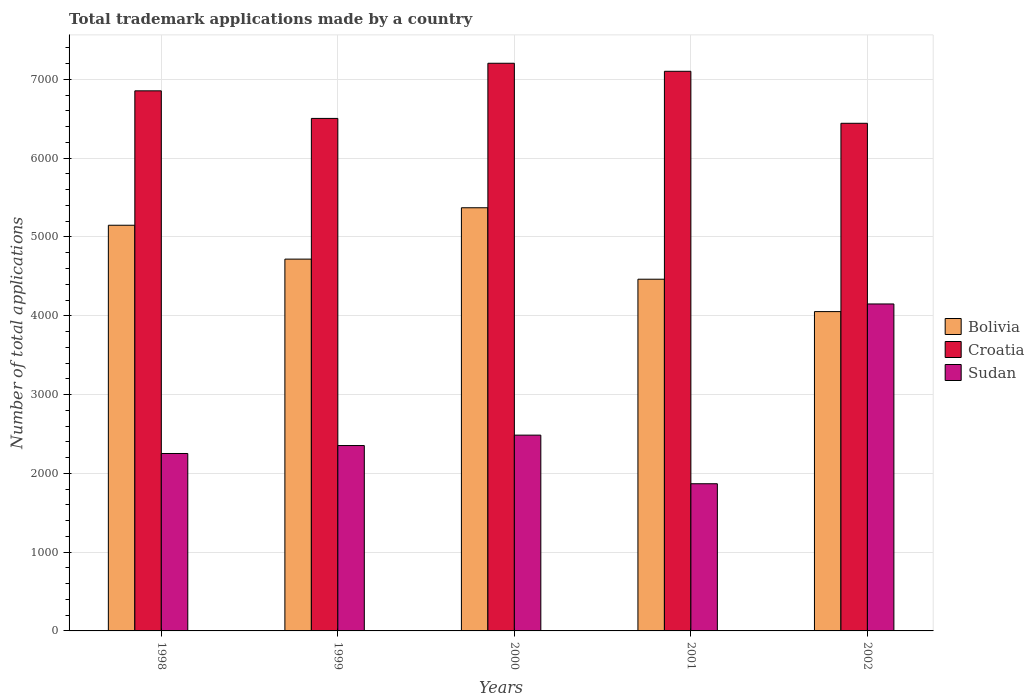
| Years | Bolivia | Croatia | Sudan |
 | --- | --- | --- | --- |
 | 1998 | 5.15e+03 | 6.86e+03 | 2.25e+03 |
 | 1999 | 4.72e+03 | 6.50e+03 | 2.35e+03 |
 | 2000 | 5.37e+03 | 7.20e+03 | 2.48e+03 |
 | 2001 | 4.46e+03 | 7.1e+03 | 1.87e+03 |
 | 2002 | 4.05e+03 | 6.44e+03 | 4.15e+03 |